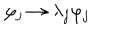
\varphi _ { j } \rightarrow \lambda _ { j } \varphi _ { j }